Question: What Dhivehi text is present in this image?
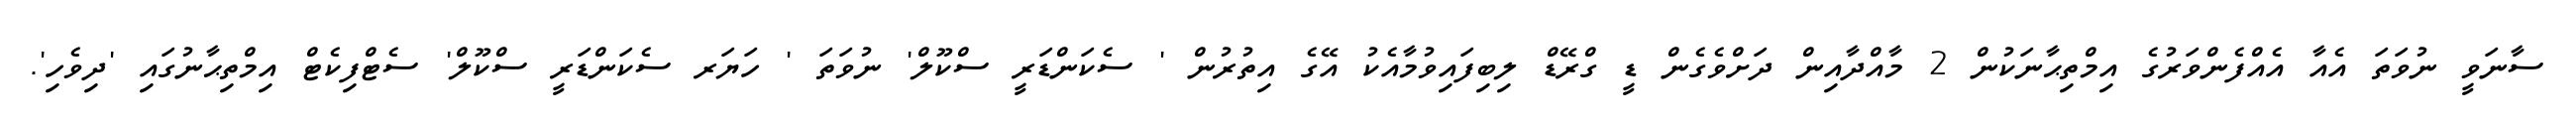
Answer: ސާނަވީ ނުވަތަ އެއާ އެއްފެންވަރުގެ އިމްތިޙާނަކުން 2 މާއްދާއިން ދަށްވެގެން ޑީ ގްރޭޑް ލިބިފައިވުމާއެކު އޭގެ އިތުރުން ' ސެކަންޑަރީ ސްކޫލް' ނުވަތަ ' ހަޔަރ ސެކަންޑަރީ ސްކޫލް' ސެޓްފިކެޓް އިމްތިޙާނުގައި 'ދިވެހި'.